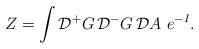
\begin{align*}Z= \int {\cal D} {^+}G \, {\cal D} {^-}G \, {\cal D} A\,\,e^{-I}.\end{align*}